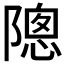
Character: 𬯗